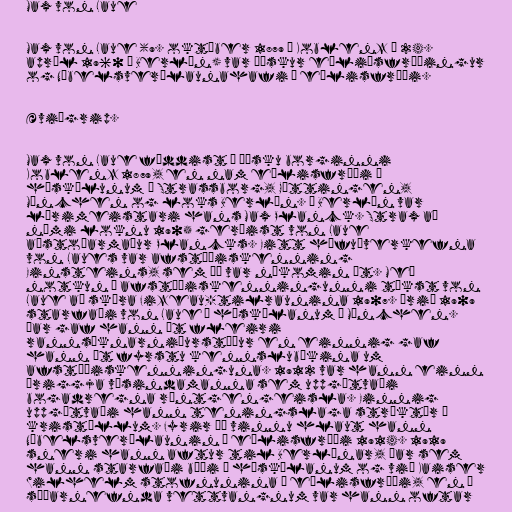
Max von Laue

Max von Laue (9. október 1879 í Koblenz – 24.
apríl 1960 í Berlín) var þýskur eðliðsfræðingur
og Nóbelsverðlaunahafi í eðlisfræði.

Æviágrip.

Max von Laue fæddist í þýsku borginni
Koblenz 1879, en nam eðlisfræði í
háskólunum í Strassborg, Göttingen,
München og loks Berlín. Í Berlín var
lærimeistari hans Max Planck. Strax að
námi loknu 1905 gerðist von Laue
aðstoðarmaður Plancks. Eitt höfuðverkefna
von Laues var afstæðiskenning
Einsteins, sem þá var nýkomin út. Með
notkun á afstæðiskenningunni tókst von
Laue að skýra Fizeau-tilraunina 1907. Árið 1909
starfaði von Laue í háskólanum í München.
Þar gaf hann út fleiri
rannsóknarniðurstöður en einnig gaf
hann út fyrstu kennslubókina um
afstæðiskenninguna. 1912 var hann einn
þriggja vísindamanna sem uppgötvaði
bogadregna röntgengeisla. Einnig
uppgötvaði hann teningslaga strúktúr á
kristöllum. Fyrir þá vinnu hlaut hann
Nóbelsverðlaunin í eðlisfræði 1914. 1919
sneri hann aftur til Berlínar, þar sem
hann starfaði bæði í háskólanum og við Kaiser
Wilhelm stofnunina í eðlisfræði, en á
síðarnefnda vettvangnum var hann oftar